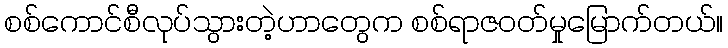
စစ်ကောင်စီလုပ်သွားတဲ့ဟာတွေက စစ်ရာဇဝတ်မှုမြောက်တယ်။